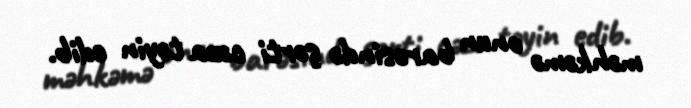
məhkəmə onun barəsində şərti cəza təyin edib.